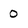
Character: O